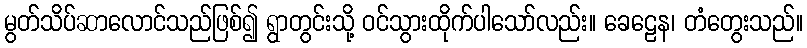
မွတ်သိပ်ဆာလောင်သည်ဖြစ်၍ ရွာတွင်းသို့ ဝင်သွားထိုက်ပါသော်လည်း။ ခေဠေန၊ တံတွေးသည်။